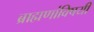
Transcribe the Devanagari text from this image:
ब्राह्मणांविषयी